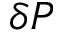
\delta P